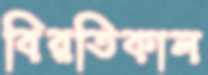
বিরতিকাল